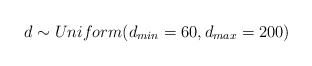
\begin{align*}d \sim Uniform(d_{min} = 60,d_{max}=200)\end{align*}